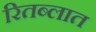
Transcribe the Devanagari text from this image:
रितब्लात